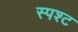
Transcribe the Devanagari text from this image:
स्पश्‍ट